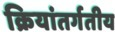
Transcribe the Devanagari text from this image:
क्रियांतर्गतीय